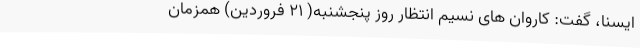
ایسنا، گفت: کاروان های نسیم انتظار روز پنجشنبه( 21 فروردین) همزمان